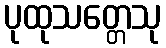
ပုထုသတ္တေသု